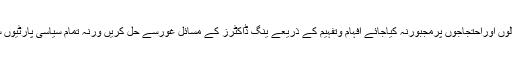
ڈاکٹرزایک معزز پیشہ ہے ان کو ہڑتالوں اوراحتجاجوں پرمجبورنہ کیاجائے افہام وتفہیم کے ذریعے ینگ ڈاکٹرز کے مسائل غورسے حل کریں ورنہ تمام سیاسی پارٹیوں سول سوسائٹی ڈاکٹروں کیساتھ ہونگے۔